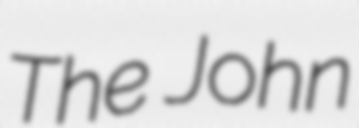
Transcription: The John